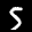
Label: 5